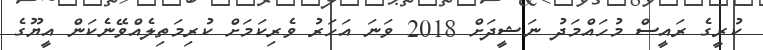
ކުރީގެ ރައީސް މުހައްމަދު ނަޝީދަށް 2018 ވަނަ އަހަރު ވެރިކަމަށް ކުރިމަތިލެއްވޭނެކަން އީޔޫގެ